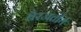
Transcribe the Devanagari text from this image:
बैरजतीर्थ